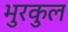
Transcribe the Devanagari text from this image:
भुरकुल